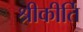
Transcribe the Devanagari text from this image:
श्रीकीर्ति